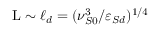
\mathrm { L } \sim \ell _ { d } = ( \nu _ { S 0 } ^ { 3 } / \varepsilon _ { S d } ) ^ { 1 / 4 }